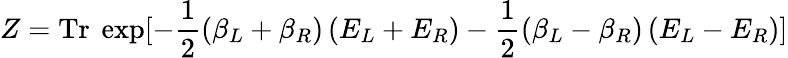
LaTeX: Z=\mathrm{Tr}\ \exp[-\frac 12(\beta_{L}+\beta_{R})\left(E_{L}+E_{R}\right)-\frac 12(\beta_{L}-\beta_{R})\left(E_{L}-E_{R}\right)]